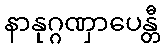
နာနုဂ္ဂဏှာပေန္တီ